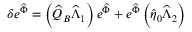
\delta e ^ { \widehat { \Phi } } = \left( \widehat { Q } _ { B } \widehat { \Lambda } _ { 1 } \right) e ^ { \widehat { \Phi } } + e ^ { \widehat { \Phi } } \left( \widehat { \eta } _ { 0 } \widehat { \Lambda } _ { 2 } \right)